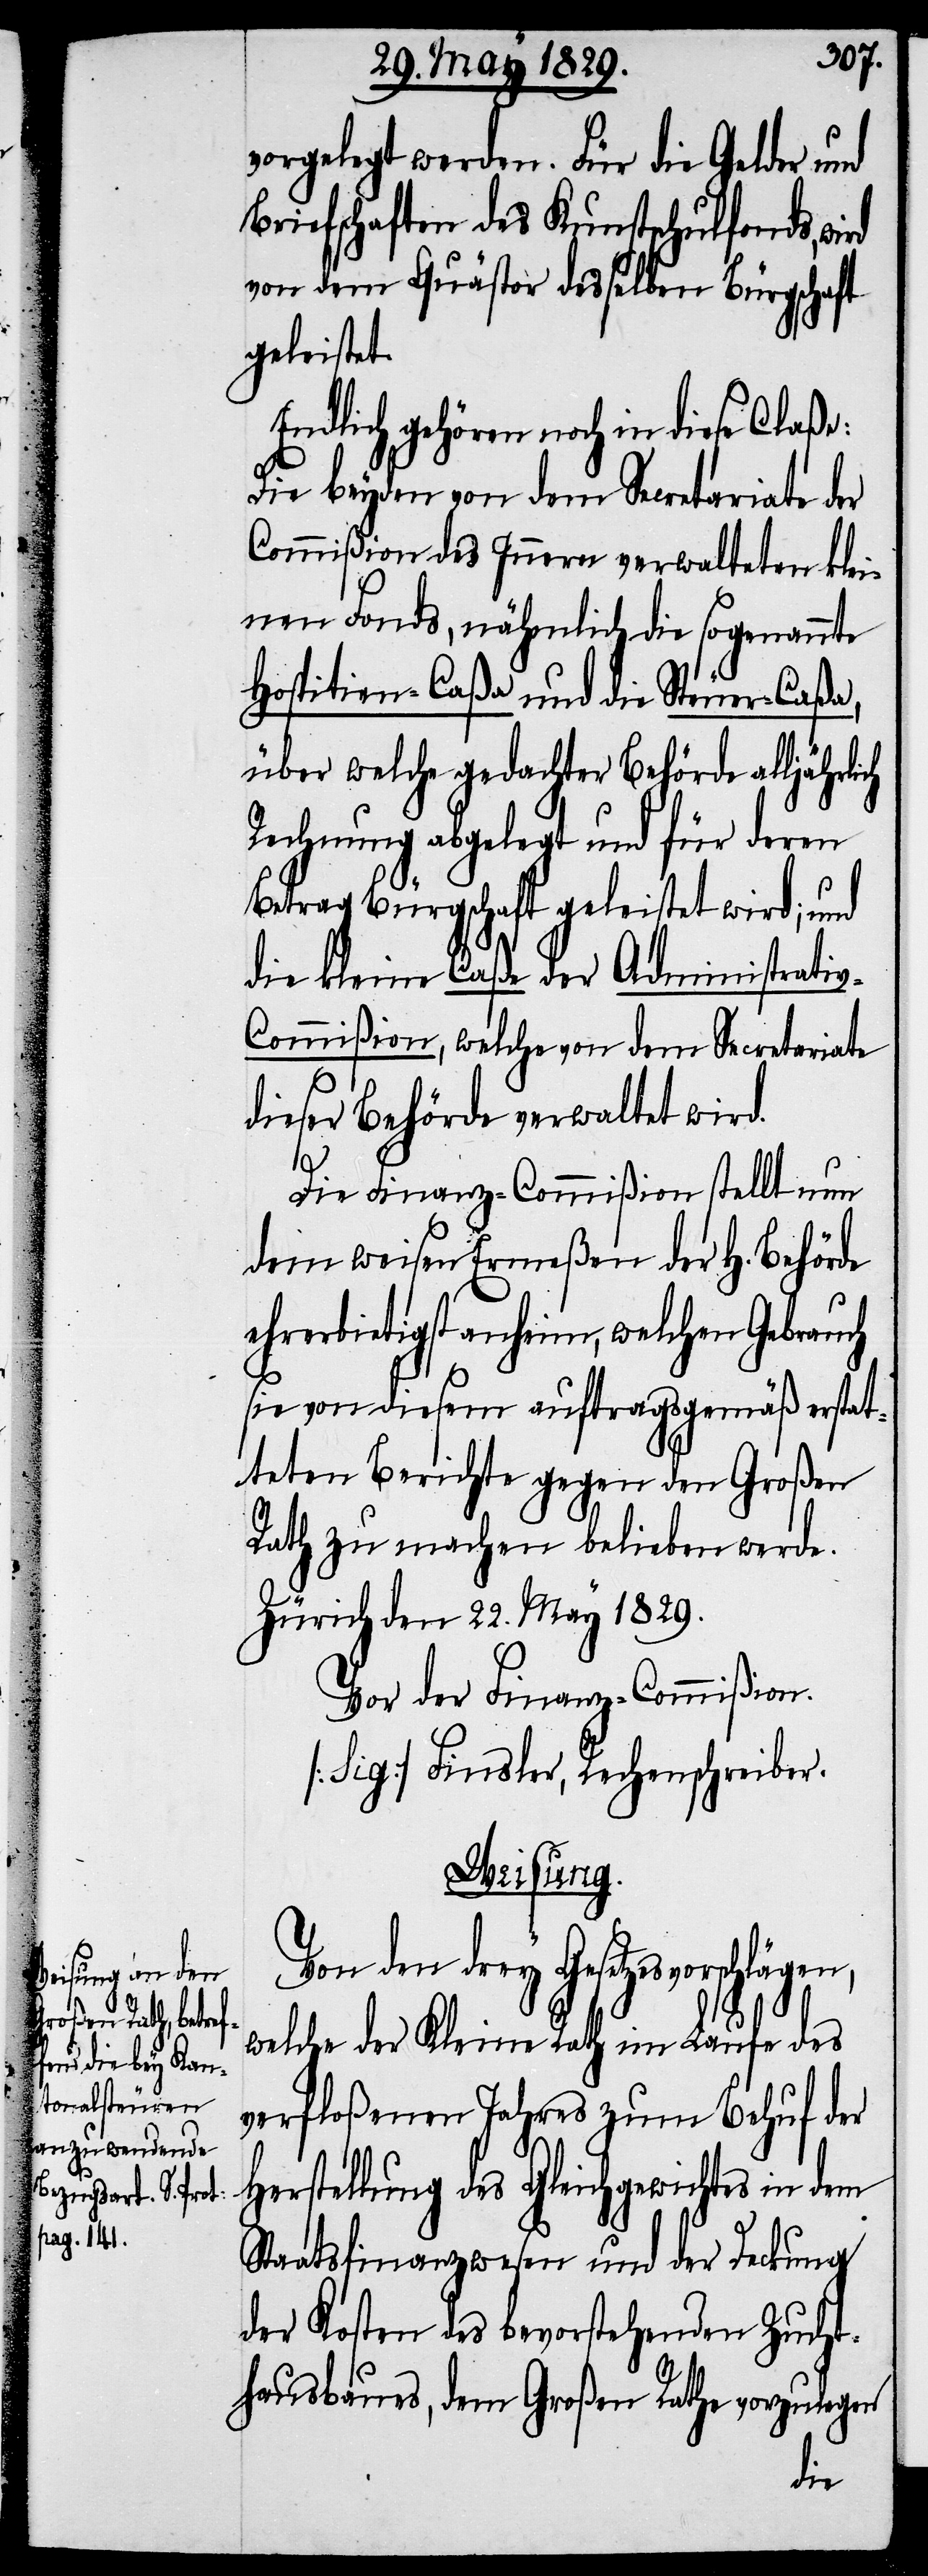
vorgelegt werden. Für die Gelder und
Briefschaften des Kunstschulfonds, wird
von dem Quästor desselben Bürgschaft
geleistet.
Endlich gehören noch in diese Claße:
Die beyden von dem Secretariate der
Commißion des Innern verwalteten klei¬
nen Fonds, nähmlich die sogenannte
Hospitien-Caßa und die Steuer-Caßa,
über welche gedachter Behörde alljährli¬
Rechnung abgelegt und für deren
Betrag Bürgschaft geleistet wird; und
die kleine Caße der Administrati¬
v-Commißion, welche von dem Secretariate
dieser Behörde verwaltet wird.
ch
Die Finanz-Commißion stellt nun
dem weisen Ermeßen der H. Behörde
ehrerbietig anheim, welchen Gebrauch
sie von diesem auftragsgemäß erstat¬
teten Berichte gegen den Großen
Rath zu machen belieben werde.
Zürich den 22. May 1829.
Vor der Finanz-Commißion.
[Sig.] Finsler, Rechenschreiber.
Weisung.
Von den drey Gesetzesvorschlägen,
welche der Kleine Rath im Laufe des
verfloßenen Jahres zum Behuf der
Herstellung des Gleichgewichtes in dem
Staatsfinanzwesen und der Deckung
der Kosten des bevorstehenden Zucht¬
hausbaues, dem Großen Rathe vorzulegen